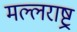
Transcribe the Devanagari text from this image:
मल्लराष्ट्र